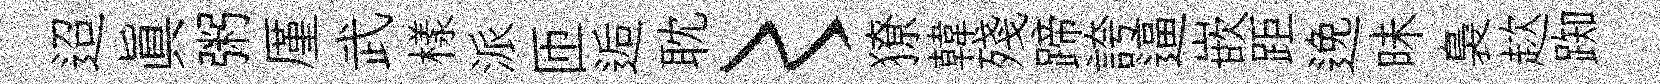
迢眞粥厪武樣派匝逅耽〻獠韓殘蹄誇逼嵌距𨓜昧裊趑踟